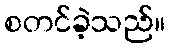
စတင်ခဲ့သည်။